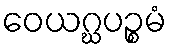
ဝေယဂ္ဃပဉ္စမံ